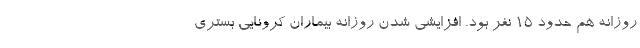
روزانه هم حدود ۱۵ نفر بود. افزایشی شدن روزانه بیماران کرونایی بستری